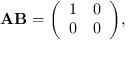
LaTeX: \mathbf { A B } = { \left( \begin{array} { l l } { 1 } & { 0 } \\ { 0 } & { 0 } \end{array} \right) } ,